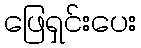
ဖြေရှင်းပေး